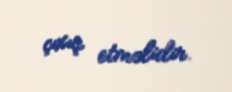
çıxış etməlidir.